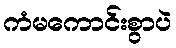
ကံမကောင်းစွာပဲ